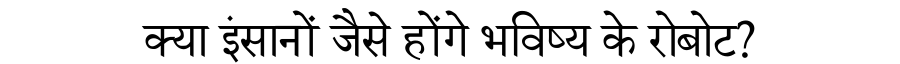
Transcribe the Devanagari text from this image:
क्या इंसानों जैसे होंगे भविष्य के रोबोट?